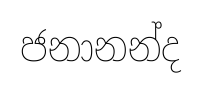
ජනානන්ද